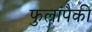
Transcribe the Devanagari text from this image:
फुलांपैकी